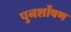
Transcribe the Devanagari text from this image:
पुनर्शोषण